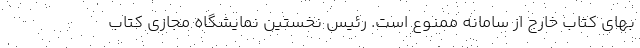
بهای کتاب خارج از سامانه ممنوع است. رئیس نخستین نمایشگاه مجازی کتاب